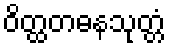
ဝိတ္ထတဓနသုတ္တံ